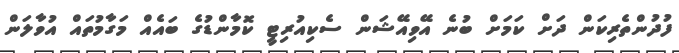
ފުދުންތެރިކަން ދަށް ކަމަށް ބުނެ އޭވިއޭޝަން ސެކިއުރިޓީ ކޮމާންޑުގެ ބައެއް މަގާމުތައް އުވާލަން